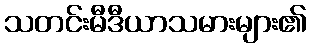
သတင်းမီဒီယာသမားများ၏